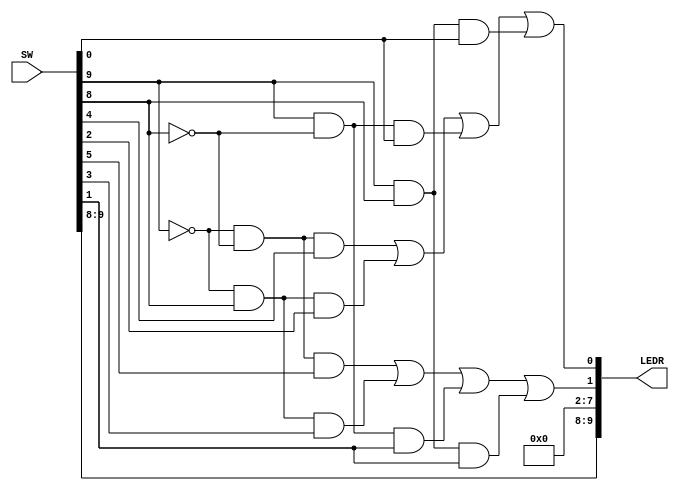
//
// ============================================================
// Laboratory: 		Lab 1 - Part 3 - Digital Logic
// Description:		2 Select Multiplexer
// By:			K. walsh
//

// Top Level Module
module mux_2sel (
	input [9:0] SW,
	output [9:0] LEDR);
//

	assign LEDR[9] = SW[9];	//s1
	assign LEDR[8] = SW[8];	//s0
	
	assign LEDR[0] = (~SW[9] & ~SW[8] & SW[4]) | (~SW[9] & SW[8] & SW[2]) | (SW[9] & ~SW[8] & SW[0]) | (SW[9] & SW[8] & SW[0]); 
	assign LEDR[1] = (~SW[9] & ~SW[8] & SW[5]) | (~SW[9] & SW[8] & SW[3]) | (SW[9] & ~SW[8] & SW[1]) | (SW[9] & SW[8] & SW[1]);
	//(~s1&~s0&u0)|(~s1&s0&v0)|(s1&~s0&w0)|(s1&s0&w0)
	//(~s1&~s0&u1)|(~s1&s0&v1)|(s1&~s0&w1)|(s1&s0&w1)

	assign LEDR[7:2] = 0; //turn off LEDs 7-2

endmodule